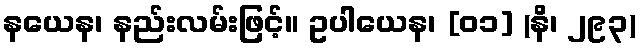
နယေန၊ နည်းလမ်းဖြင့်။ ဥပါယေန၊ [၀၁] (နိ၊ ၂၉၃)